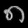
Digit: ၈